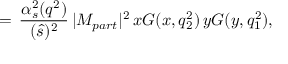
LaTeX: = \, \frac { \alpha _ { s } ^ { 2 } ( q ^ { 2 } ) } { ( \hat { s } ) ^ { 2 } } \, \vert M _ { p a r t } \vert ^ { 2 } \, x G ( x , q _ { 2 } ^ { 2 } ) \, y G ( y , q _ { 1 } ^ { 2 } ) ,